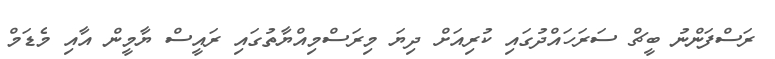
ރަސްފަންނު ބީޗް ސަރަަހައްދުގައި ކުރިއަށް ދިޔަ މިރަސްމިއްޔާތުގައި ރައީސް ޔާމީން އާއި މެޑަމް